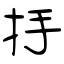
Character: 抙